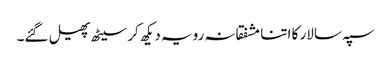
سپہ سالار کا اتنا مشفقانہ رویہ دیکھ کر سیٹھ پھیل گئے۔